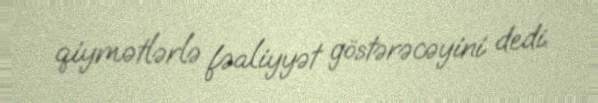
qiymətlərlə fəaliyyət göstərəcəyini dedi.